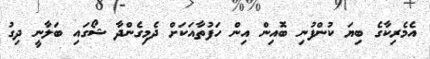
އެމެރިކާގެ ބިޔަ ކުންފުނި ބޮއިން އިން ހަފުތާއަކަށް ދެމިގެންދާ ޝޯގައި ބަލާނީ ދިގު